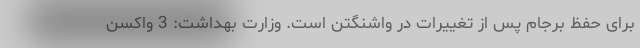
برای حفظ برجام پس از تغییرات در واشنگتن است. وزارت بهداشت: 3 واکسن